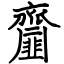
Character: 齏